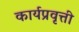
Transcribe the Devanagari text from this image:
कार्यप्रवृत्ती